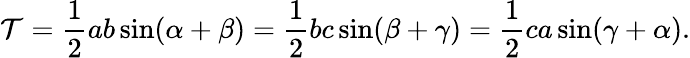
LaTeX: \mathcal{T}={\frac{{1}}{{2}}}ab\sin(\alpha+\beta)={\frac{{1}}{{2}}}bc\sin(\beta+\gamma)={\frac{{1}}{{2}}}ca\sin(\gamma+\alpha).